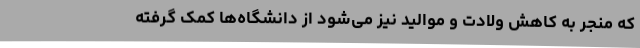
که منجر به کاهش ولادت و موالید نیز می‌شود از دانشگاه‌ها کمک گرفته